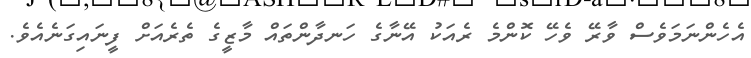
އެހެންނަމަވެސް ވާރޭ ވެހޭ ކޮންމެ ރެއަކު އޭނާގެ ހަނދާންތައް މާޒީގެ ތެރެއަށް ފީނައިގަނެއެވެ.